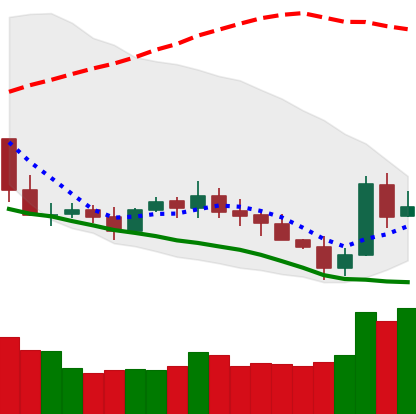
Ticker: XLM-USD
Chart end date: 2019-05-13
Forward return: 28.299%
Label: up_7plus